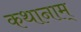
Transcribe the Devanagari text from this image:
कथानाम्